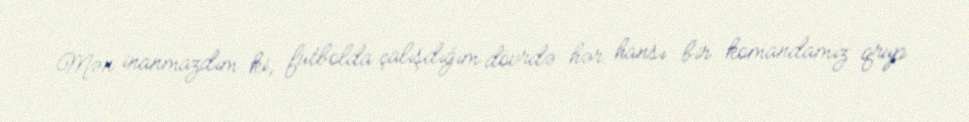
Mən inanmazdım ki, futbolda çalışdığım dövrdə hər hansı bir komandamız qrup